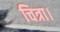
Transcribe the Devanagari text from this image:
चित्रा।